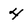
Character: 4